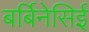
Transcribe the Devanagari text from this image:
बर्बिनेसिई